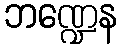
ဘဏ္ဍေန